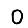
Digit: 0